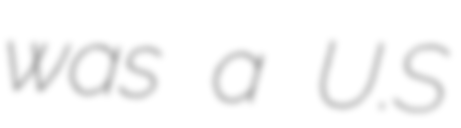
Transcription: was a U.S